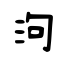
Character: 泃